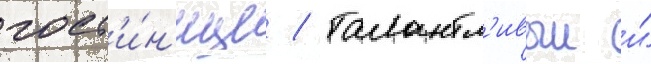
гост'и́н'ице / талантл'ивыи и́